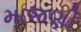
માજણી